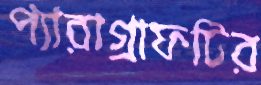
প্যারাগ্রাফটির